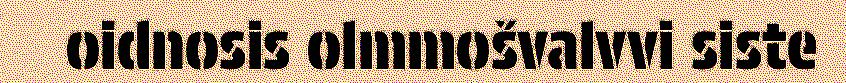
oidnosis olmmošvalvvi siste